system: You are a helpful assistant.
user:
Analyze the provided spectrum to determine if it is a **M-type Giant (gM)**.

A M-type Giant spectrum is defined by its **strong molecular absorption** features, particularly from **Titanium Oxide (TiO)**. You must check for one of the following mutually exclusive signatures:

- **Key Visual Indicators (Absorption-Dominated Spectrum):**

    - **(Primary):** The spectrum is dominated by strong molecular absorption from **Titanium Oxide (TiO)**. This is the **defining feature** of its M-type temperature class.
        - **(Key Bandheads):** Look for sharp, "saw-tooth" absorption valleys. The strongest are located near **~7050 Å**, **~6160 Å**, and **~5170 Å**.
        - **(Line Profile):** The "saw-tooth" morphology is critical: a **sharp, steep drop on the BLUE (short-wavelength) side** of the bandhead, followed by a gradual recovery (rising flux) towards the RED (long-wavelength) side.

    - **(Key Confirmation - Giant vs. Dwarf):** **ABSENCE** of strong **Calcium Hydride (CaH)** molecular bands. This is the primary diagnostic for *excluding* M-dwarfs.
        - **(Key Region):** The spectrum should lack the strong, broad absorption band seen in dwarfs between **~6800 Å and ~7000 Å**.

    - **(Secondary Confirmation - Giant):** A very strong and broad **Neutral Calcium (Ca I)** atomic absorption line.
        - **(Key Line):** Located at **~4226 Å**. In a giant (gM), this line is significantly deeper and broader than the same line in an M-dwarf (dM) due to low surface gravity.

    - **(Overall Spectrum):**
        - The continuum is **extremely red-sloping** (i.e., flux is very low in the blue and rises dramatically towards the red).
        - The entire spectrum appears "chopped up" by the deep TiO bands.

Think first, call **spectral_visualization_tool** if needed to examine features in detail, then provide your final answer. Your response must adhere to the following strict rules:
1.  **Overall Structure:** Your response must follow the format `<think>...</think> <tool_call>...</tool_call> (if a tool is used) <answer>...</answer>`.
2.  **Tool Usage Constraint:** You may only make **one** tool call per turn.
3.  **Final Answer Format:** In the `<answer>` tag, your conclusion must be inside a `\boxed{}` command (e.g., `\boxed{YES}` or `\boxed{NO}`), followed by your justification.

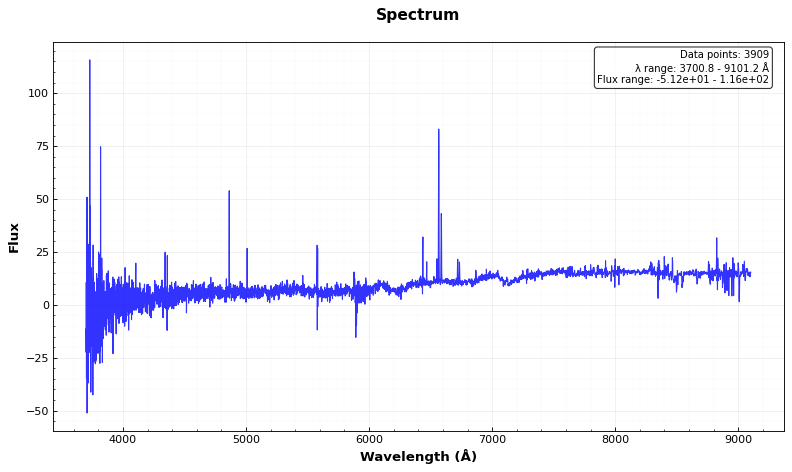
Answer: YES